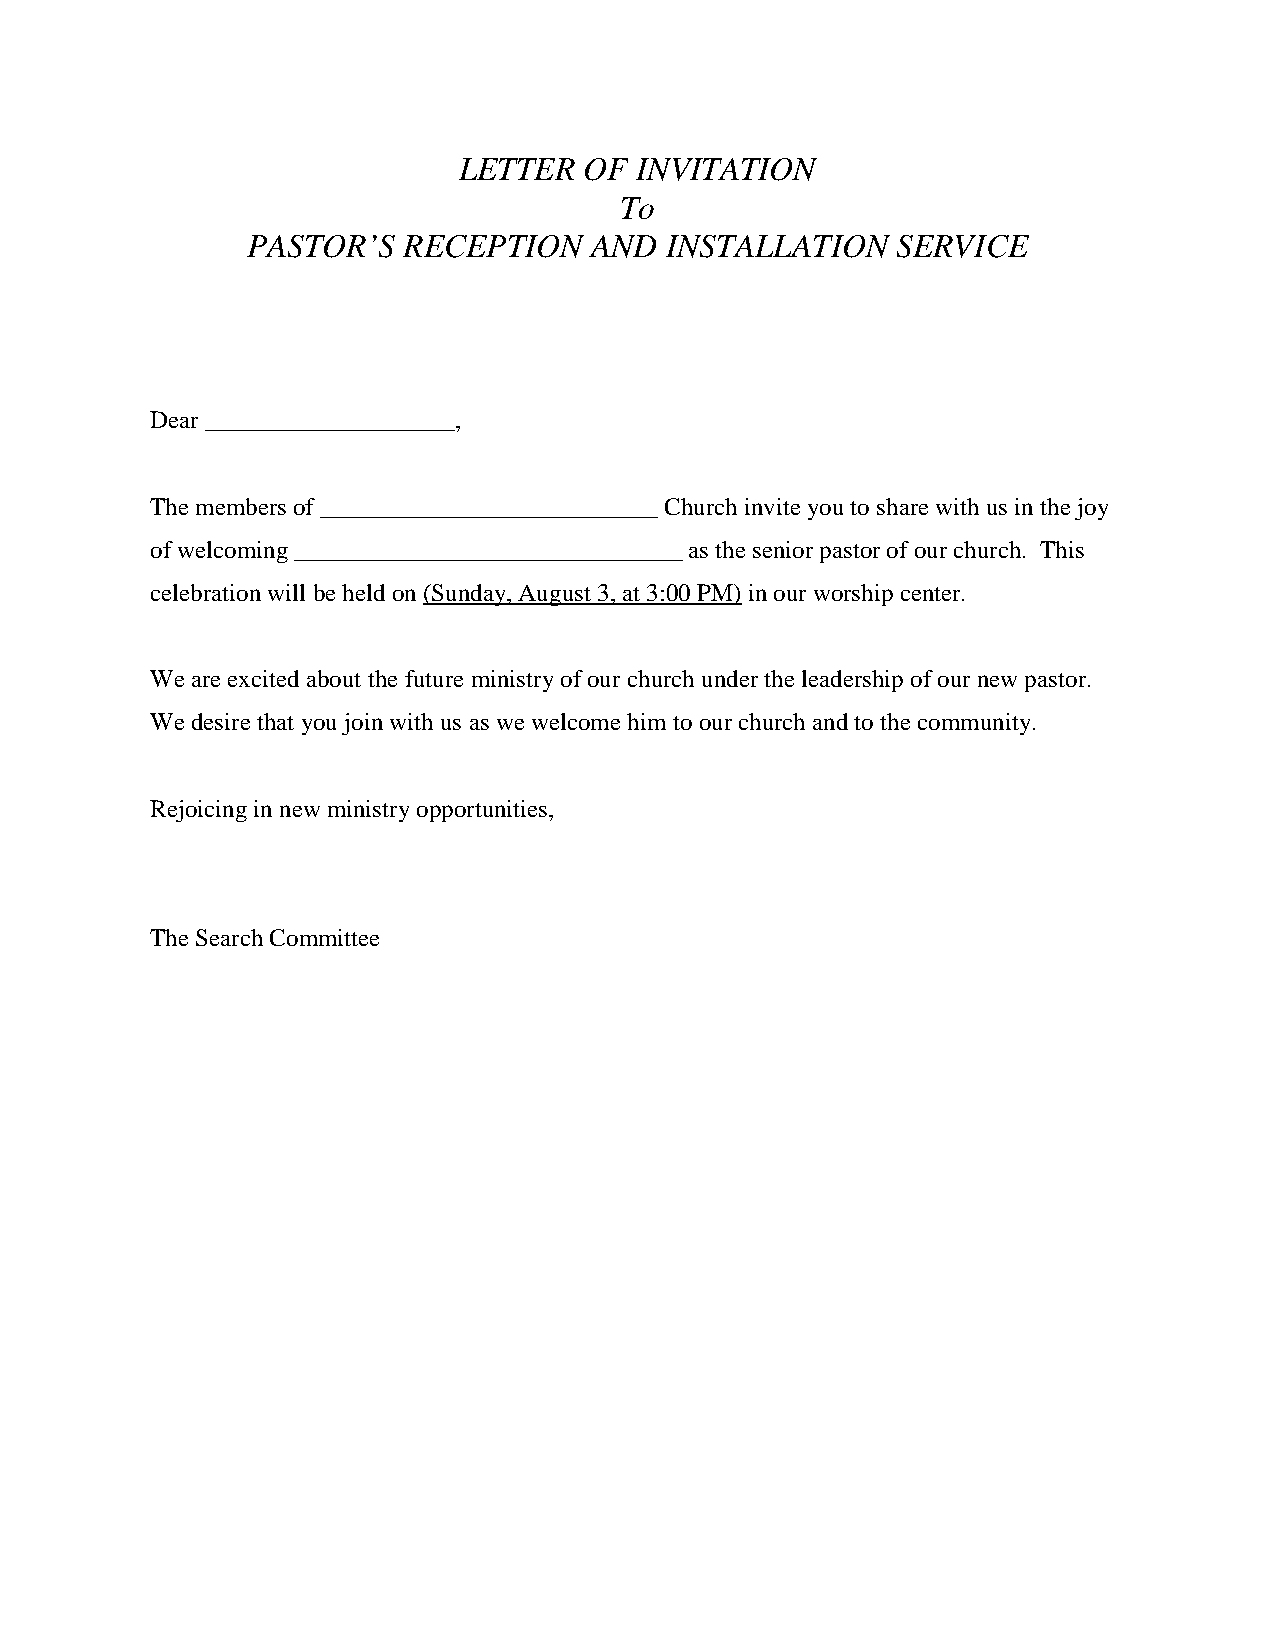
LETTER   OF INVITATION
 To
 PASTOR’S   RECEPTION   AND  INSTALLATION   SERVICE
 Dear ____________________,
 The members of ___________________________ Church invite you to share with us in the joy
 of welcoming _______________________________ as the senior pastor of our church. This
 celebration will be held on (Sunday, August 3, at 3:00 PM) in our worship center.
 We are excited about the future ministry of our church under the leadership of our new pastor.
 We desire that you join with us as we welcome him to our church and to the community.
 Rejoicing in new ministry opportunities,
 The Search Committee